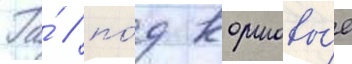
Га́ / по́д кормовы́е